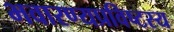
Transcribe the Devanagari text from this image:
भवारण्यप्रविष्टस्य